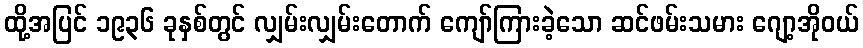
ထို့အပြင် ၁၉၃၆ ခုနှစ်တွင် လျှမ်းလျှမ်းတောက် ကျော်ကြားခဲ့သော ဆင်ဖမ်းသမား ဂျော့အိုဝယ်